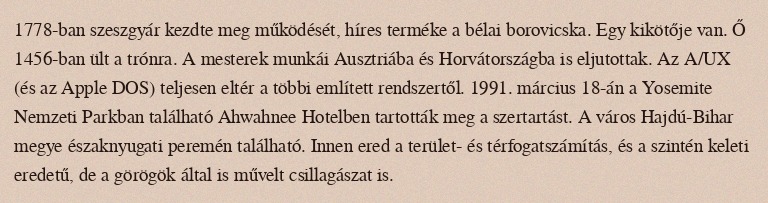
1778-ban szeszgyár kezdte meg működését, híres terméke a bélai borovicska. Egy kikötője van. Ő 1456-ban ült a trónra. A mesterek munkái Ausztriába és Horvátországba is eljutottak. Az A/UX (és az Apple DOS) teljesen eltér a többi említett rendszertől. 1991. március 18-án a Yosemite Nemzeti Parkban található Ahwahnee Hotelben tartották meg a szertartást. A város Hajdú-Bihar megye északnyugati peremén található. Innen ered a terület- és térfogatszámítás, és a szintén keleti eredetű, de a görögök által is művelt csillagászat is.